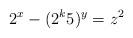
LaTeX: \begin{align*}2^x-(2^{k}5)^y=z^2\end{align*}